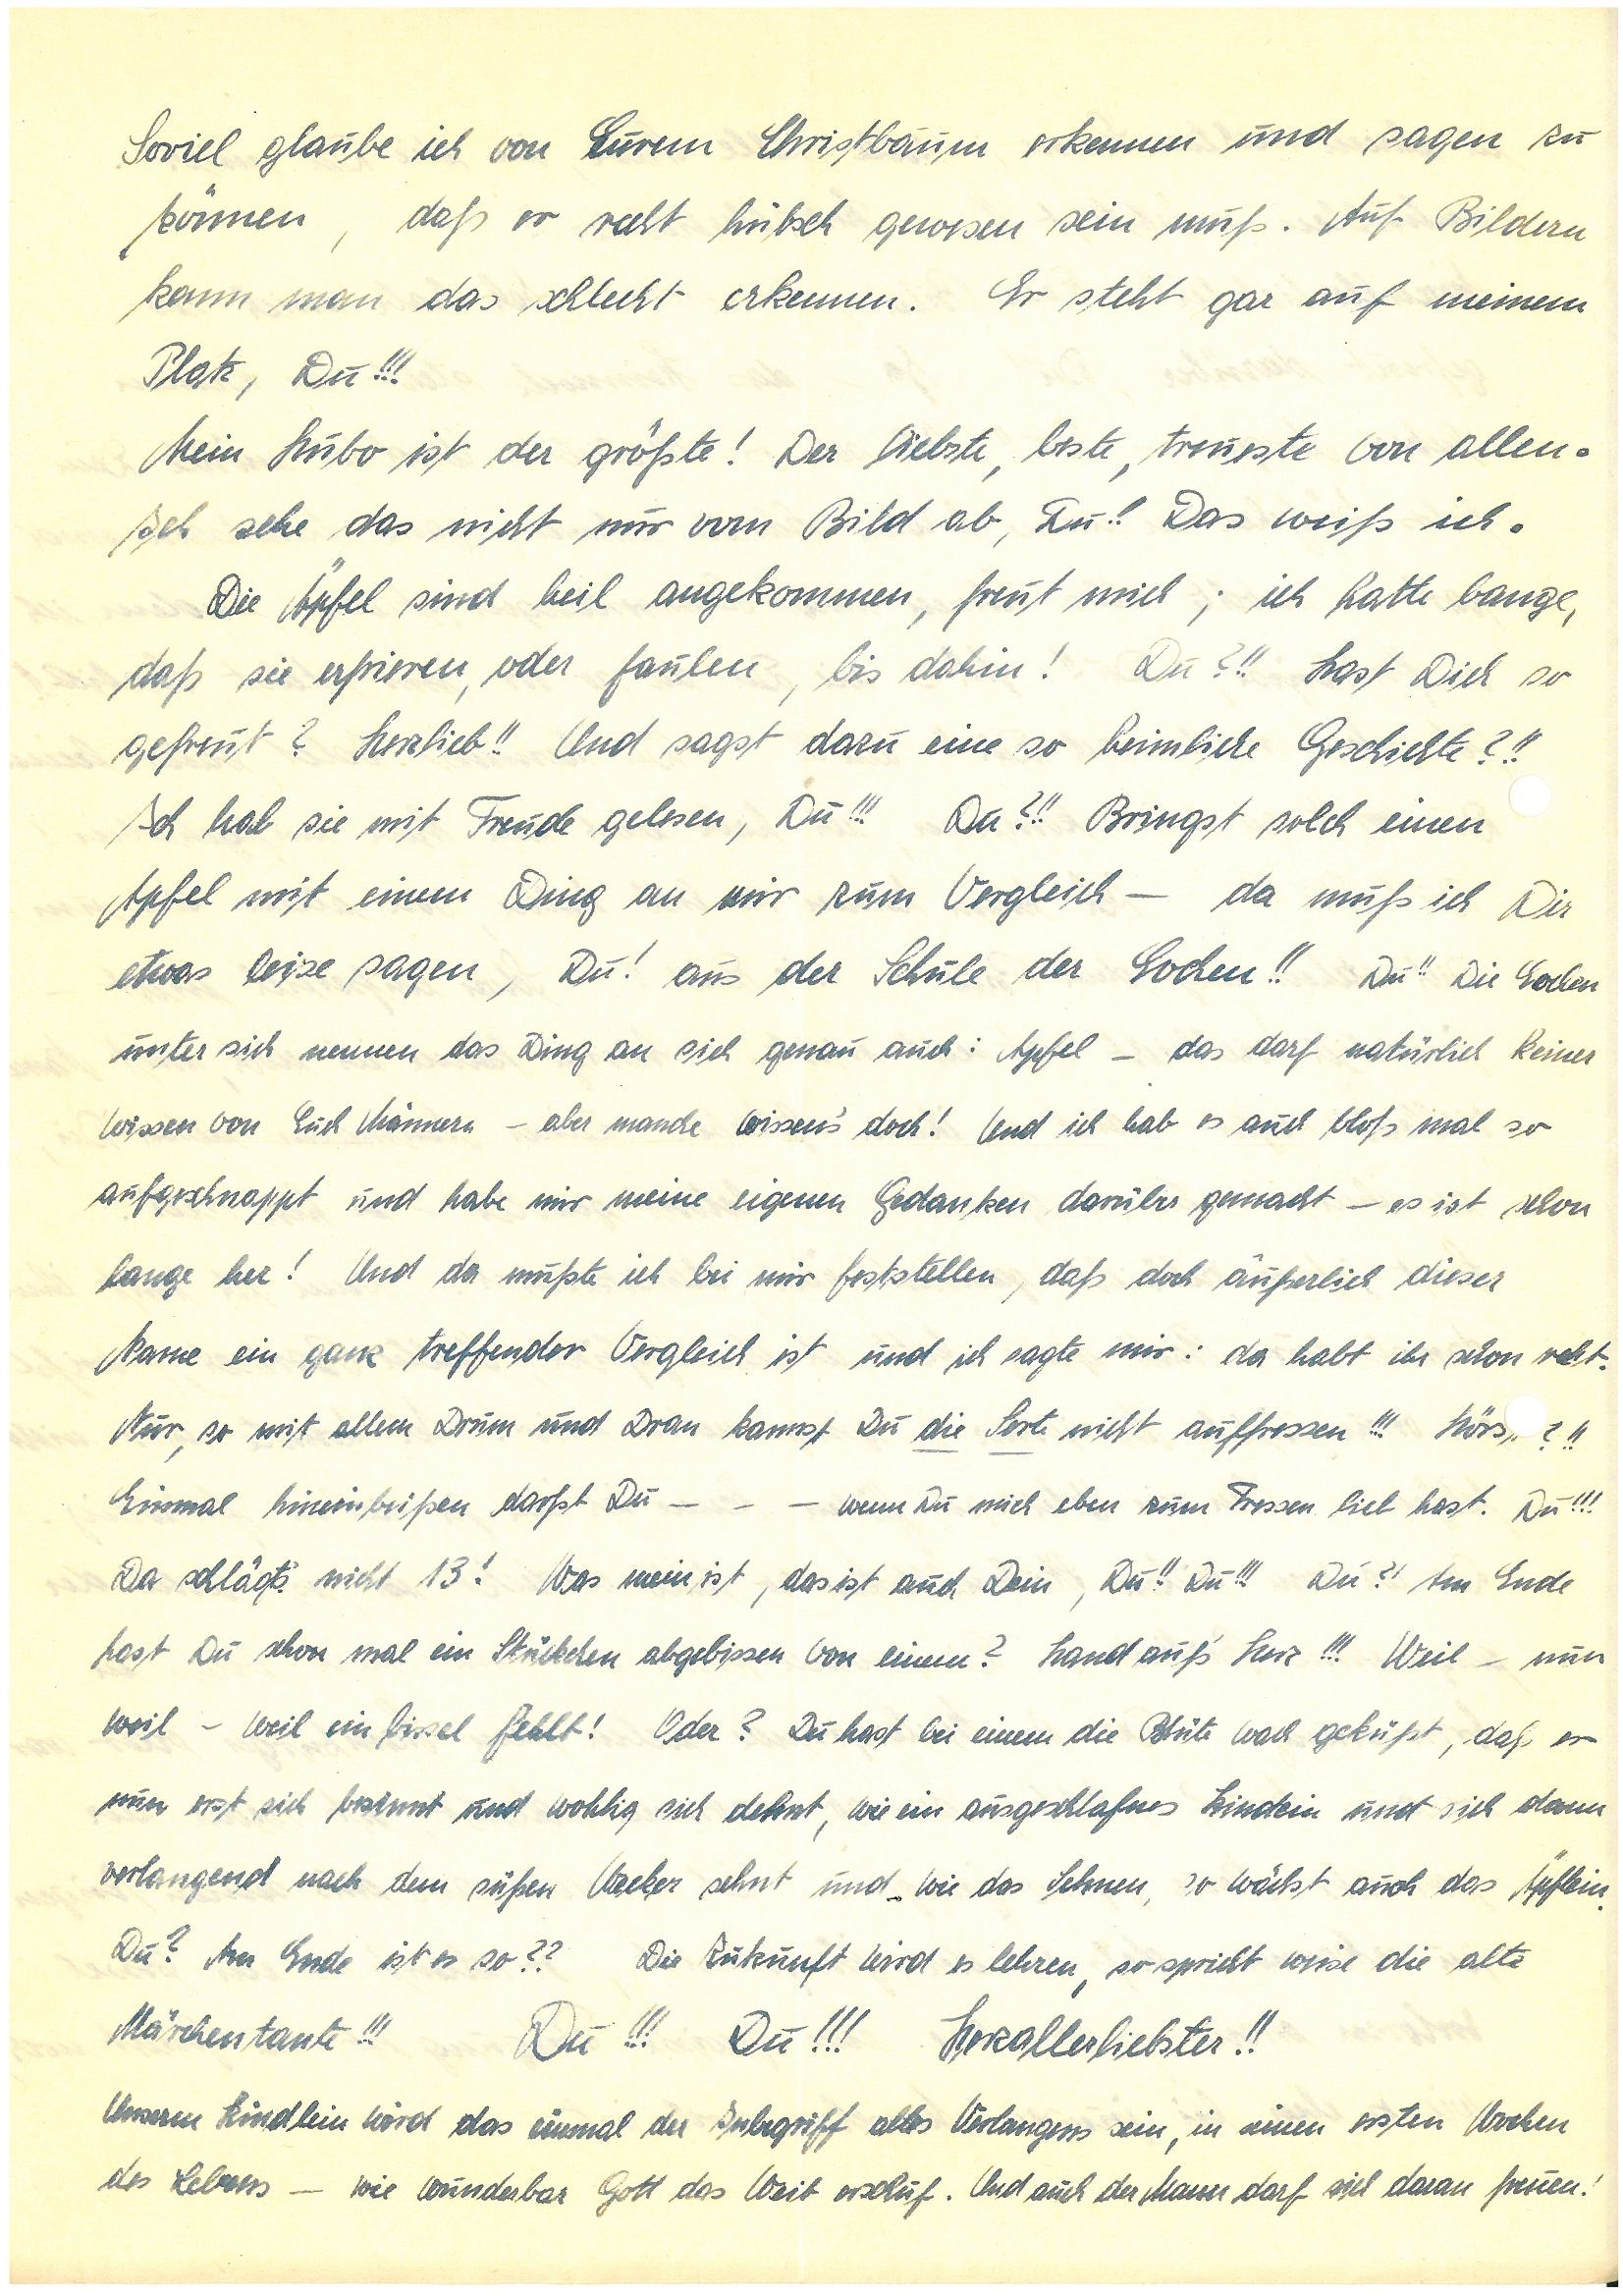
Soviel glaube ich von Eurem Christbaum erkennen und sagen zu
können, daß er recht hübsch gewesen sein muß. Auf Bildern
kann man das schlecht erkennen. Er steht gar auf meinem
Platz, Du!!!
Mein Hubo ist der größte! Der liebste, beste, treueste von allen.
Ich sehe das nicht nur vom Bild ab, Du!! Das weiß ich.
Die Äpfel sind heil angekommen, freut mich; ich hatte bange,
daß sie erfrieren, oder faulen, bis dahin! Du?!! Hast Dich so
gefreut? Herzlieb!! Und sagst dazu eine so heimliche Geschichte?!!
Ich hab sie mit Freude gelesen, Du!!! Du?!! Bringst solch einen
Apfel mit einem Ding an mir zum Vergleich – da muß ich Dir
etwas leise sagen, Du! aus der Schule der Evchen!! Du!! Die Evchen
unter sich nennen das Ding an sich genau auch: Apfel – das darf natürlich keiner
wissen von Euch Männern – aber manche wissen’s doch! Und ich hab es auch bloß mal so
aufgeschnappt und habe mir meine eigenen Gedanken darüber gemacht – es ist schon
lange her! Und da mußte ich bei mir feststellen, daß doch äußerlich dieser
Name ein ganz treffender Vergleich ist und ich sagte mir: da habt ihr schon recht.
Nur, so mit allem Drum und Dran kannst Du die Sorte nicht auffressen!!! Hörs ?!!
Einmal hineinbeißen darfst Du – – – wenn Du mich eben zum Fressen lieb hast. Du!!!
Da schlägt’s nicht 13! Was mein ist, das ist auch Dein, Du! Du!!! Du?! Am Ende
hast Du schon mal ein Stückchen abgebissen von einem? Hand auf’s Herz!!! Weil – nun
weil – weil ein bissel fehlt! Oder? Du hast bei einem die Blüte wach geküßt, daß er
nun erst sich besinnt und wohlig sich dehnt, wie ein ausgeschlafnes Kindlein und sich dann
verlangend nach dem süßen Wecker sehnt und wie das Sehnen, so wächst auch das Äpflein.
Du? Am Ende ist es so?? Die Zukunft wird es lehren, so spricht weise die alte
Märchentante!!! Du!!! Du!!! Herzallerliebster!!
Unserm Kindlein wird das einmal der Inbegriff des Verlangens sein, in seinen ersten Wochen
des Lebens – wie wunderbar Gott das Weib erschuf. Und auch der Mann darf sich daran freuen!